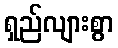
ရှည်လျားစွာ